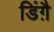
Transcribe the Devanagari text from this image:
डिंग़ै